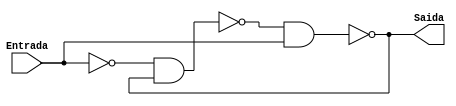
module debounce(
	Entrada,
	Saida
);

input wire	Entrada;
output wire	Saida;

wire	U1_b;
wire	U1_e;
wire	U1_d;

assign	Saida = U1_d;
assign	U1_d = ~(U1_b & Entrada);
assign	U1_b = ~(U1_e & U1_d);
assign	U1_e =  ~Entrada;
endmodule